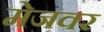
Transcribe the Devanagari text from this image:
मेजवर